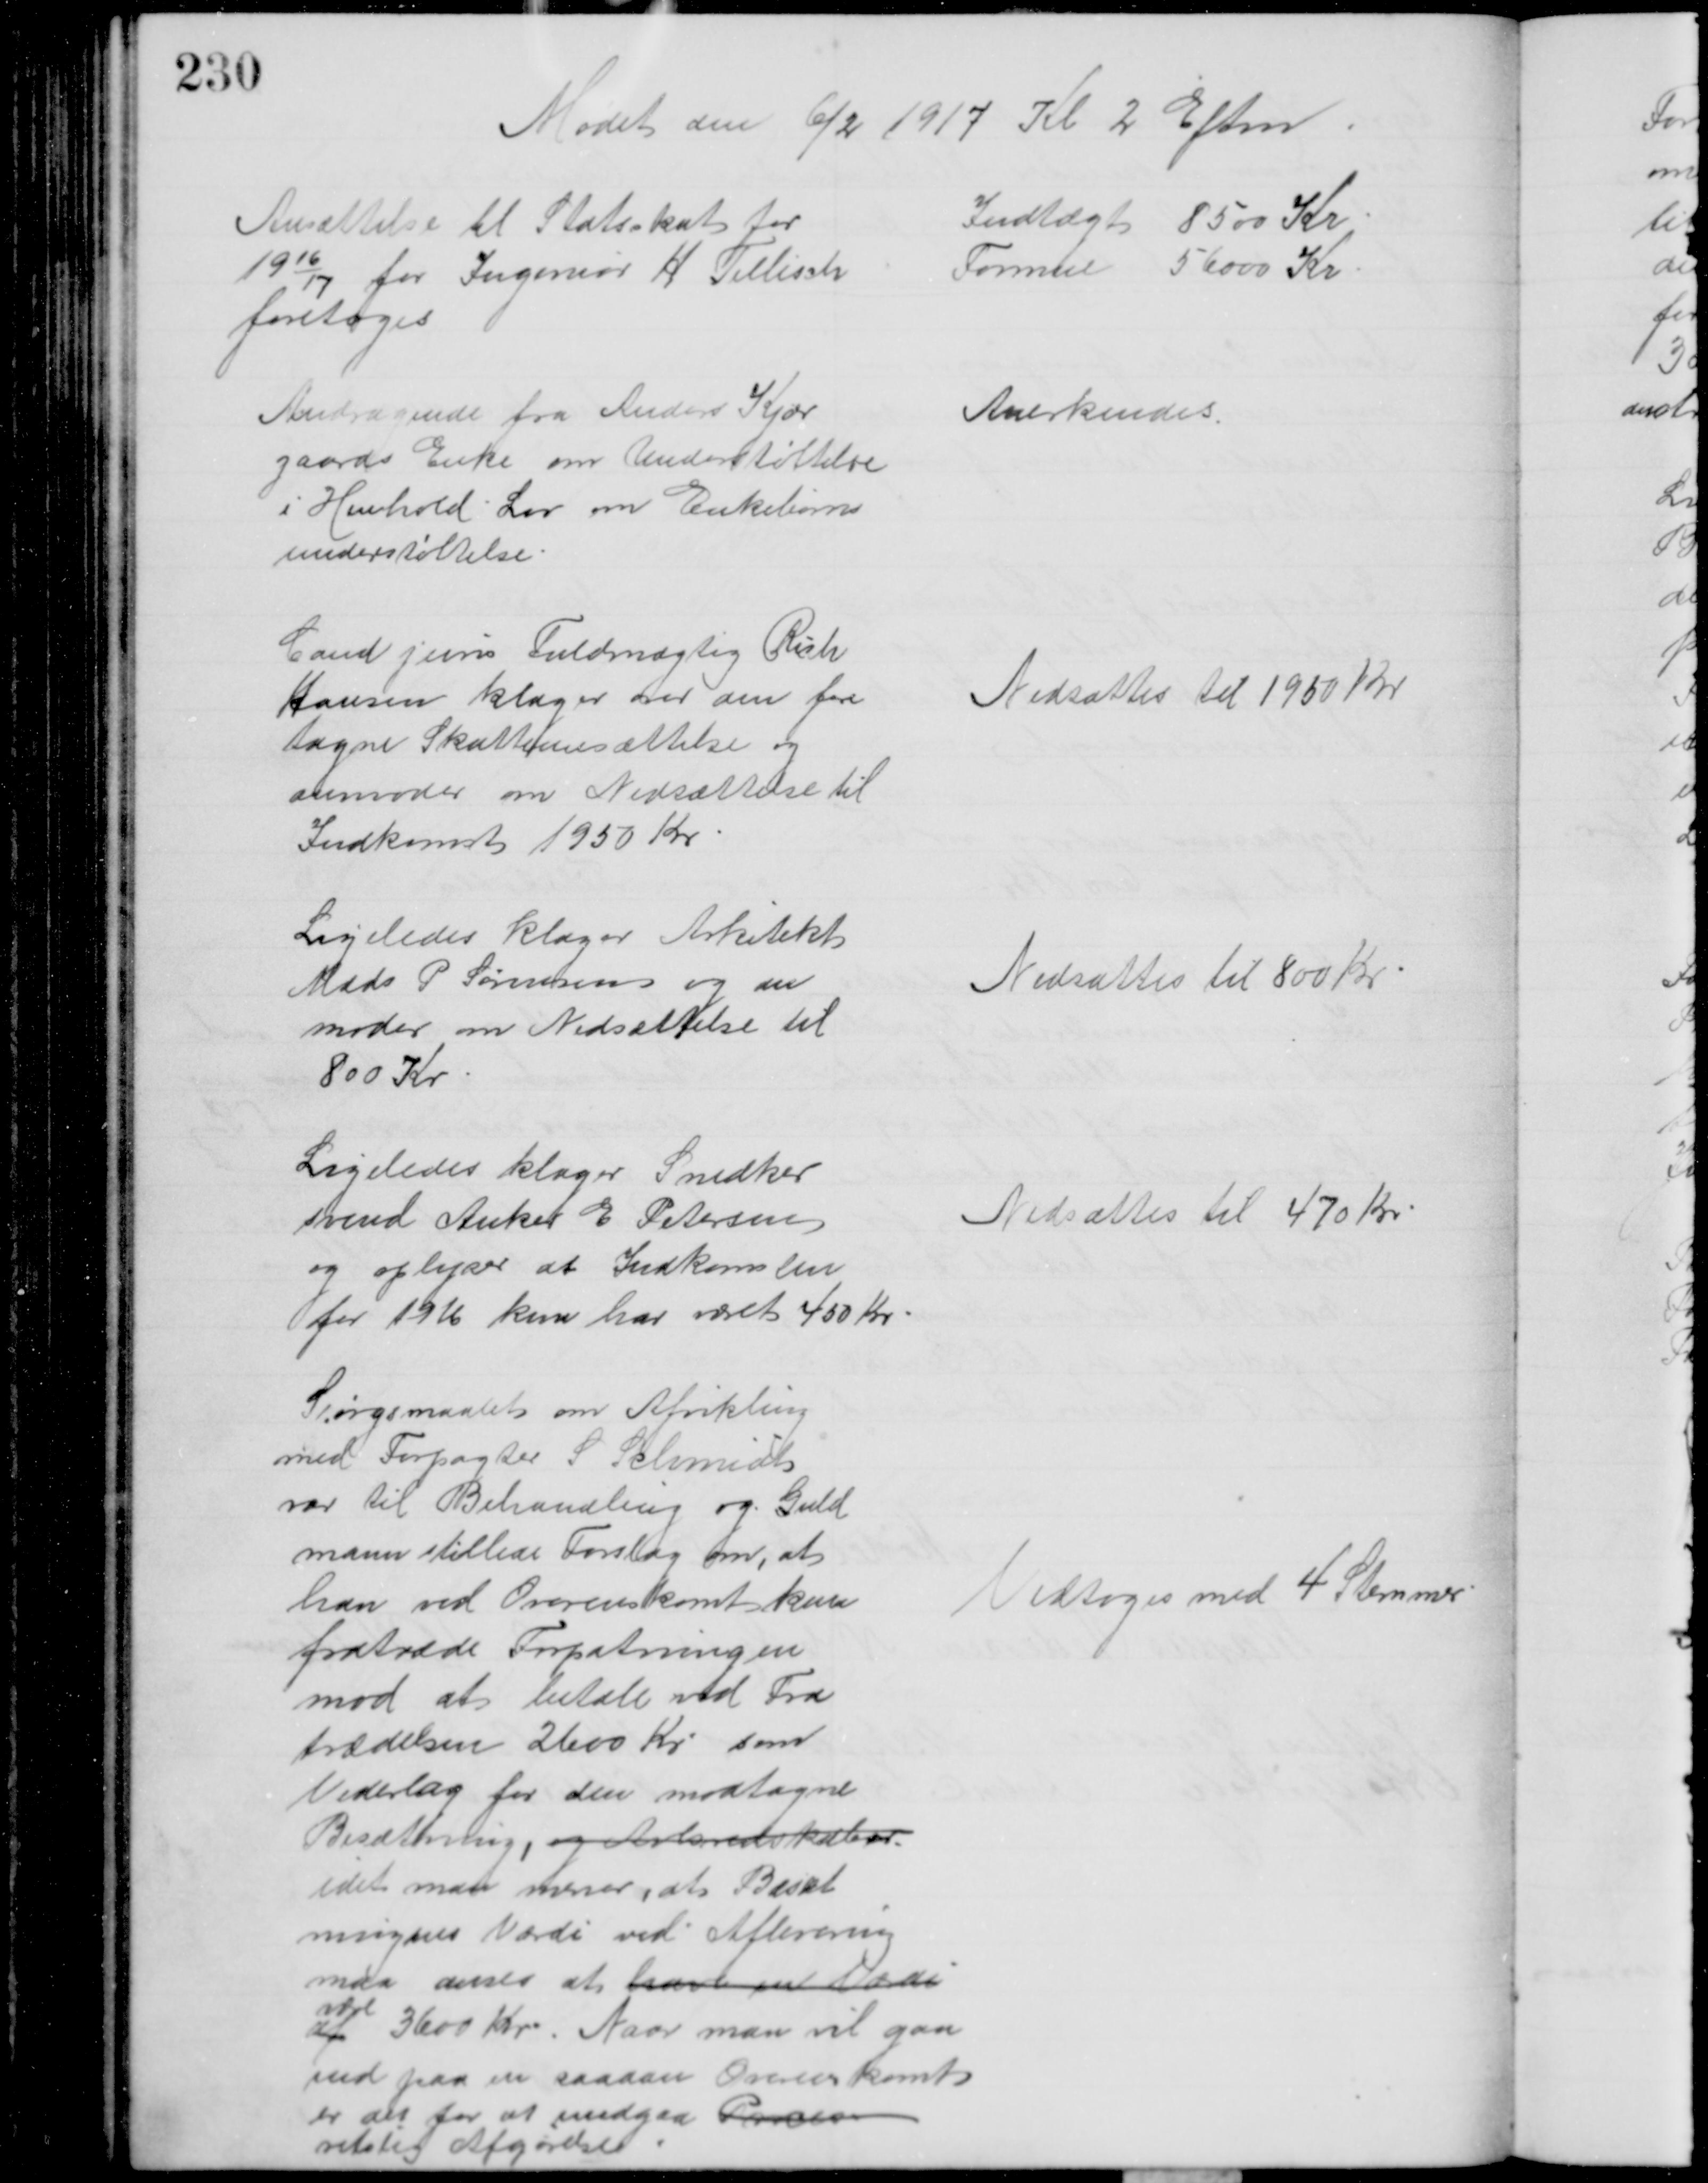
Transskription:
Mødet den 6/2 1917 Kl 2 Eftm
Ansættelse til Statsskat for
1916/17 for Ingeniør H. Tillisch
foretoges
Indtægt 8500 Kr
Formue 56000 Kr
Andragende fra Anders Kjær
gaards Enke om Understøttelse
i Henhold Lov om Enkebørns
understøttelse
Anerkendes
Cand juris Fuldmægtig Rich
Hansen klager over den fore 
tagne Skatteansættelse og
anmoder om Nedsættelse til
Indkomst 1950 Kr.
Nedsættes til 1950 Kr
Ligeledes klager Arkitekt
Mads P Sørensen og an
moder om Nedsættelse til
800 Kr
Nedsattes til 800 Kr
Ligeledes klager Snedker
svend Anker E Petersen
og oplyser at Indkomsten
for 1916 kun har været 450 Kr
Nedsættes til 470 Kr
Spørgsmaalet om Afvikling
med Forpagter S Schmidt
var til Behandling og Guld
mann stillede Forslag om, at 
han ved Overenskomt kan
fratræde Forpatningen
mod at betale ved Fra
trædelsen 2600 Kr som
Vederlag for den modtagne
Besætning, og Arberedskaber
idet man mener, at Besæt
ningens Værdi ved Aflevering
maa anses at have en værdi
af
være
3600 Kr. Naar man vil gaa
ind paa en saadan Overenskomst
er det for at undgaa Proces
retslig Afgørelse
Vedtoges med 4 Stemmer